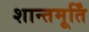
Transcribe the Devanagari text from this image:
शान्तमूर्तिं